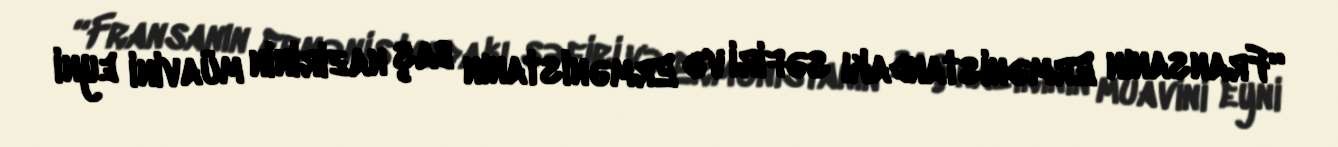
“Fransanın Ermənistandakı səfiri və Ermənistanın baş nazirinin müavini eyni